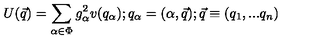
U ( \vec { q } ) = \sum _ { \alpha \in \Phi } g _ { \alpha } ^ { 2 } v ( q _ { \alpha } ) ; q _ { \alpha } = ( \alpha , \vec { q } ) ; \vec { q } \equiv ( q _ { 1 } , . . . q _ { n } )